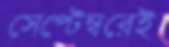
সেপ্টেম্বরেই